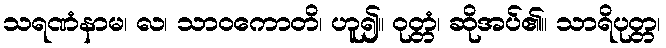
သရဏံနာမ၊ လ၊ သာဝကောတိ၊ ဟူ၍။ ဝုတ္တံ၊ ဆိုအပ်၏။ သာရိပုတ္တ၊